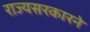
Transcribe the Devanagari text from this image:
राज्यसरकारने